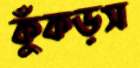
কুঁকড়স